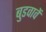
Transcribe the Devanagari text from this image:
बुडवावें